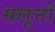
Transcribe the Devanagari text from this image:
सलूनो